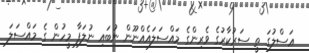
ޢަސްލުގަ ތީ ސަރުކާރުގެ ވެރިންގެ މައްސަލައެއްނޫން ނުބައި ނުލަފާ މީހުން ގެ މައްސަލަ